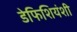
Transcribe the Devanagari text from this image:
डेफिशियंशी